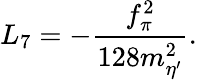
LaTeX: L_{7}=-\frac{f_{\pi}^{2}}{128m_{\eta^{\prime}}^{2}}.